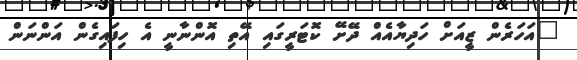
"އަހަރެން ޒީއަށް ހަދިޔާއެއް ދޭށޭ ކޮޓަރީގައި އޭތި އޮންނާނީ އެ ހިފައިގެން އަންނަން